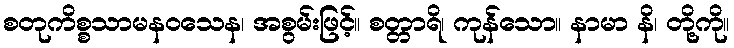
စတုကိစ္စသာမနဝသေန၊ အစွမ်းဖြင့်။ စတ္တာရိ၊ ကုန်သော။ နာမာ နိ၊ တို့ကို။